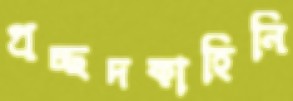
প্রচ্ছদকাহিনি